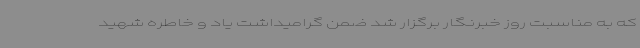
که به مناسبت روز خبرنگار برگزار شد ضمن گرامیداشت یاد و خاطره شهید